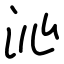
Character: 沁